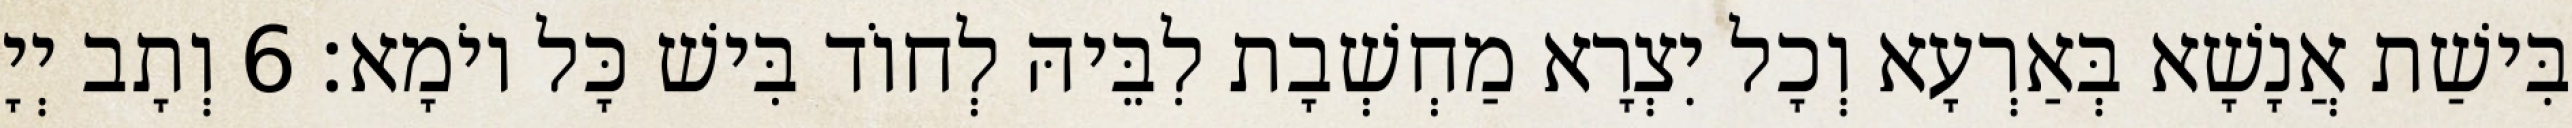
בִּישַׁת אֲנָשָׁא בְּאַרְעָא וְכָל יִצְרָא מַחְשְׁבָת לִבֵּיהּ לְחוֹד בִּישׁ כָּל יוֹמָא׃ 6 וְתָב יְיָ